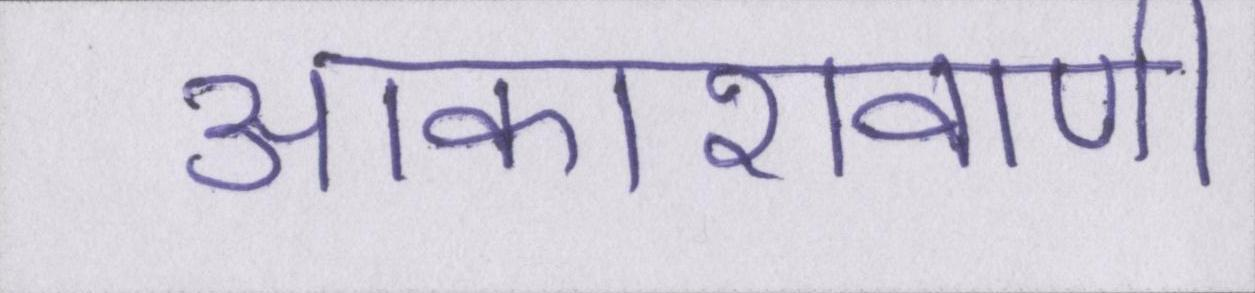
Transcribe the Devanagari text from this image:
आकाशवाणी